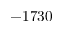
- 1 7 3 0